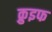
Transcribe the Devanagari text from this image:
क्रुइफ